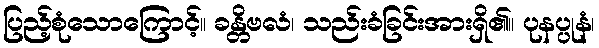
ပြည့်စုံသောကြောင့်။ ခန္တိဗလံ၊ သည်းခံခြင်းအားရှိ၏။ ပုနပ္ပုနံ၊